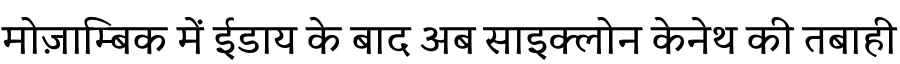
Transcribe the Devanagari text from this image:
मोज़ाम्बिक में ईडाय के बाद अब साइक्लोन केनेथ की तबाही